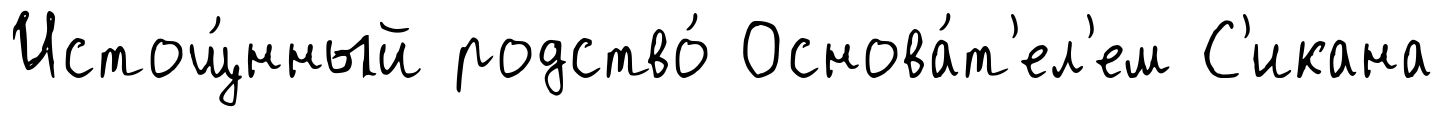
Истощ́нный родство́ Основа́т'ел'ем С'икана